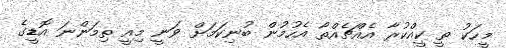
މީހަކު ތީ ކީއްކުރާ އެއްޗެއްތޯ އެހުމުން ބުނިކަމަށް ވަނީ މިއީ ތިމަންނަ އޮޑީގެ